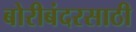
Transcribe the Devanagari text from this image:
बोरीबंदरसाठी